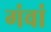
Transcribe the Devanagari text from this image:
गंवां